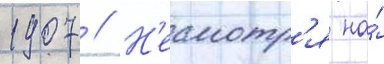
1907 // Н'есмотр'я на́